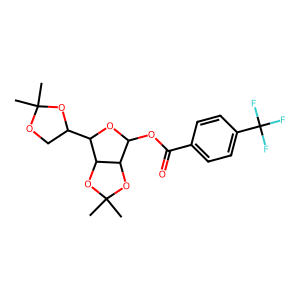
SMILES: CC1(C)OCC(C2OC(OC(=O)c3ccc(C(F)(F)F)cc3)C3OC(C)(C)OC23)O1
Inhibits HIV replication: No